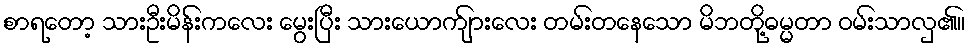
စာရတော့ သားဦးမိန်းကလေး မွေးပြီး သားယောက်ျားလေး တမ်းတနေသော မိဘတို့ဓမ္မတာ ဝမ်းသာလှ၏။